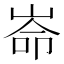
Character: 𮱮